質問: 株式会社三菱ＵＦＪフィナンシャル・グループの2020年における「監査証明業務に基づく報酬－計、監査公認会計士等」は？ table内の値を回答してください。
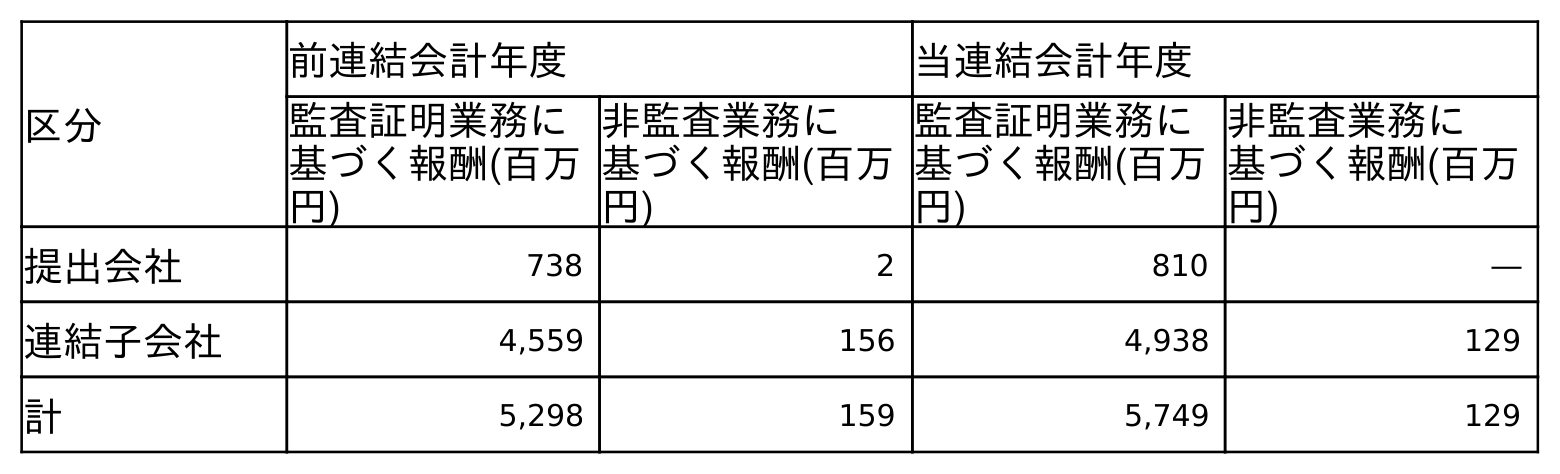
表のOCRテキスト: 区分 前連結会計年度 当連結会計年度 監査証明業務に 基づく報酬(百万 円) 非監査業務に 基づく報酬(百万 円) 監査証明業務に 基づく報酬(百万 円) 非監査業務に 基づく報酬(百万 円) 提出会社 738 2 810 ― 連結子会社 4,559 156 4,938 129 計 5,298 159 5,749 129
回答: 5,749